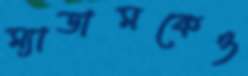
ম্যাডামকেও